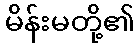
မိန်းမတို့၏